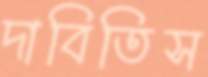
দাবিতিস